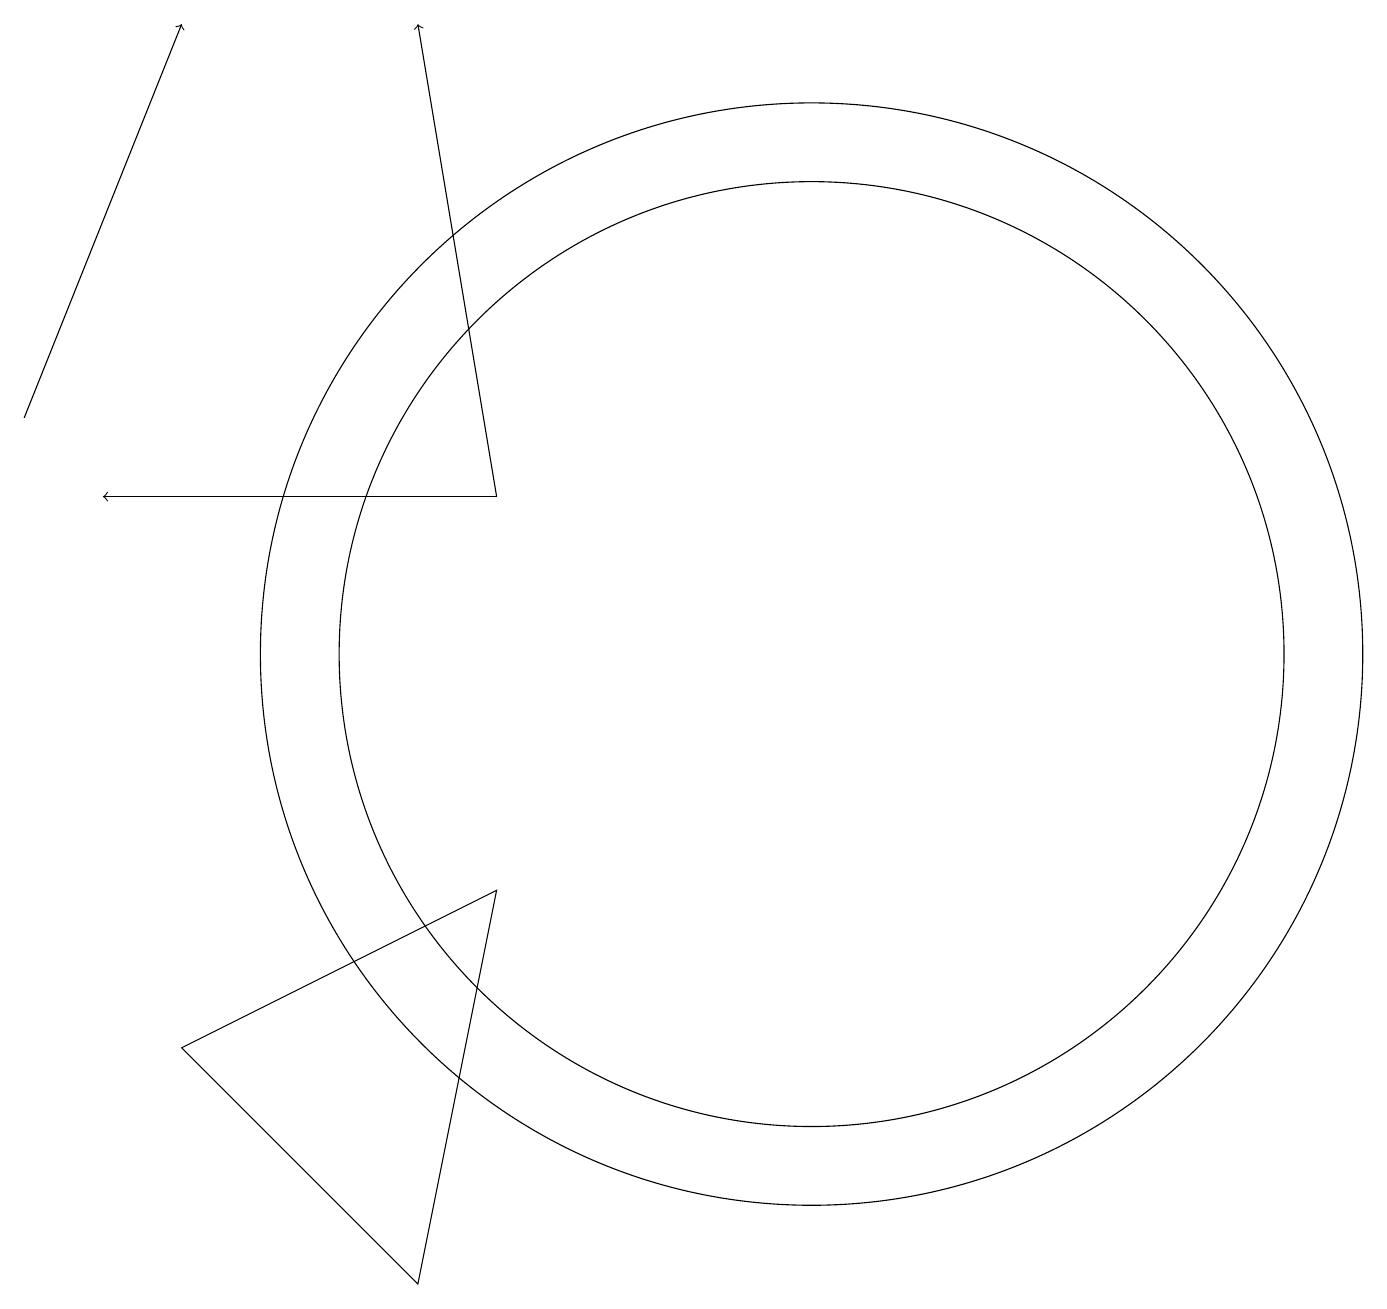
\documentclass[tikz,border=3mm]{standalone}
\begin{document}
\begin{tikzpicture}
\draw (4,5) -- (7,2) -- (8,7) -- cycle;
\draw[->] (2,13) -- (4,18);
\draw (12,10) circle (7);
\draw[->] (8,12) -- (7,18);
\draw (12,10) circle (6);
\draw[->] (8,12) -- (3,12);
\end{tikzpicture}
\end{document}